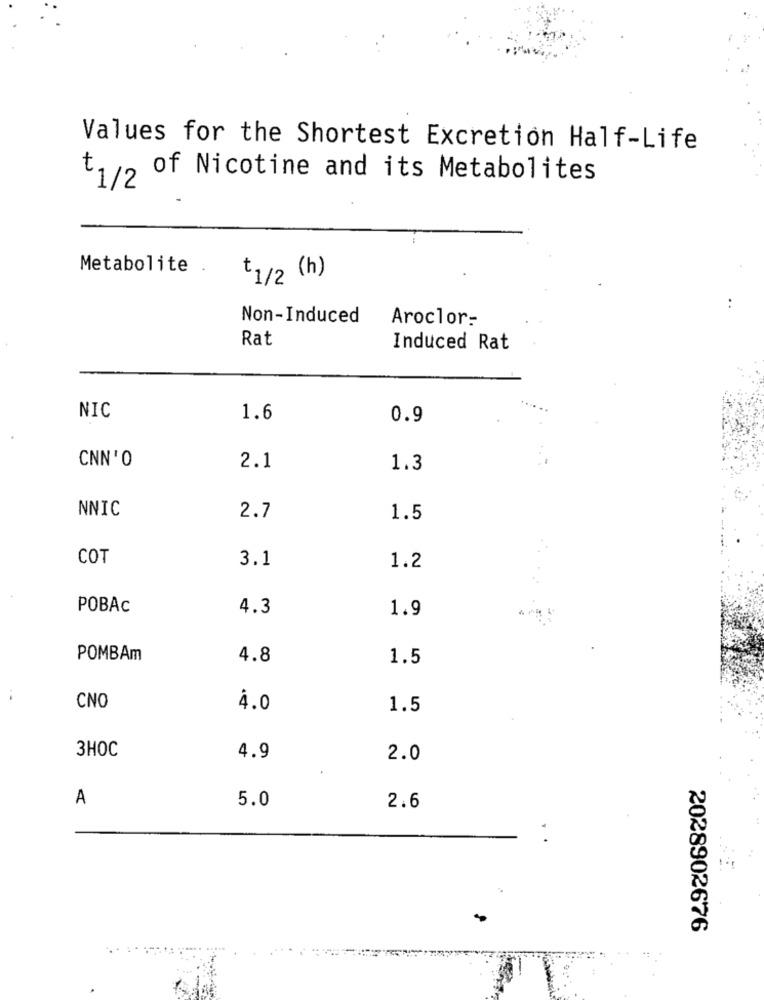
Values for the Shortest Excretion Half-Life
$1/2 of Nicotine and its Metabolites
Metabolite .
+1/2 (h)
Non-Induced
Aroclor-
Rat
Induced Rat
NIC
1.6
0.9
CNN'O
2.1
1.3
NNIC
2.7
1.5
COT
3.1
1.2
POBAC
4.3
1.9
POMBAm
4.8
1.5
CNO
4.0
1.5
3HOC
4.9
2.0
A
5.0
2.6
2028902676